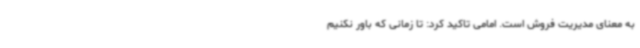
به معنای مدیریت فروش است. امامی تاکید کرد: تا زمانی که باور نکنیم